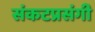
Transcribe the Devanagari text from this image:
संकटप्रसंगी